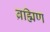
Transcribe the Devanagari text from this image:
ब्रह्मिण